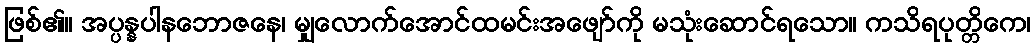
ဖြစ်၏။ အပ္ပန္နပါနဘောဇနေ၊ မျှလောက်အောင်ထမင်းအဖျော်ကို မသုံးဆောင်ရသော။ ကသိရပုတ္တိကေ၊